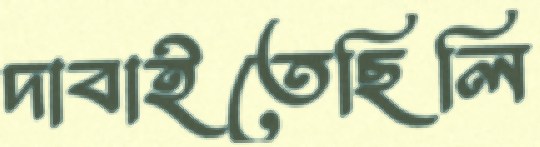
দাবাইতেছিলি